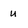
Character: u